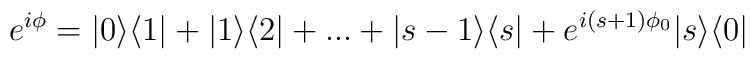
e^{i\phi}=|0\rangle \langle 1| + |1\rangle \langle 2| + ...          + |s-1\rangle \langle s|          + e^{i(s+1)\phi_{0}}|s\rangle \langle 0|